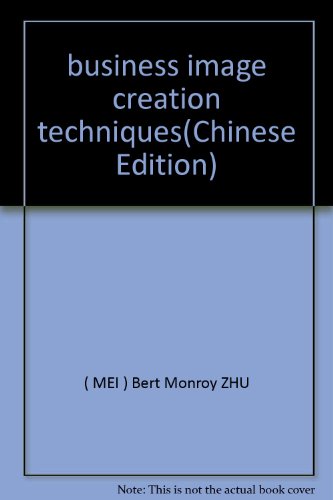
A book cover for business image creation techniques; Bert Monroy ZHU; Business & Money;